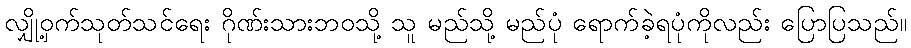
လျှို့ဝှက်သုတ်သင်ရေး ဂိုဏ်းသားဘဝသို့ သူ မည်သို့ မည်ပုံ ရောက်ခဲ့ရပုံကိုလည်း ပြောပြသည်။